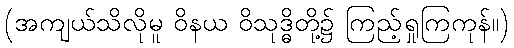
(အကျယ်သိလိုမူ ဝိနယ ဝိသုဒ္ဓိတို့၌ ကြည့်ရှုကြကုန်။)